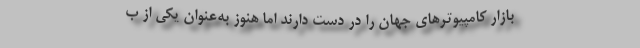
بازار کامپیوترهای جهان را در دست دارند اما هنوز به‌عنوان یکی از ب